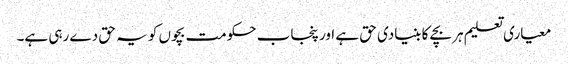
معیاری تعلیم ہر بچے کا بنیادی حق ہے اور پنجاب حکومت بچوں کو یہ حق دے رہی ہے۔